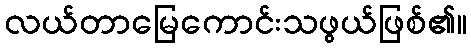
လယ်တာမြေကောင်းသဖွယ်ဖြစ်၏။